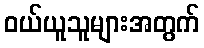
ဝယ်ယူသူများအတွက်